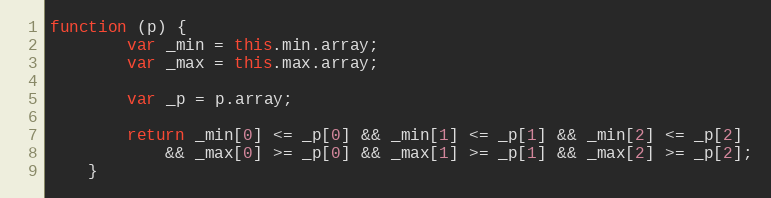
Language: JavaScript
function (p) {
        var _min = this.min.array;
        var _max = this.max.array;

        var _p = p.array;

        return _min[0] <= _p[0] && _min[1] <= _p[1] && _min[2] <= _p[2]
            && _max[0] >= _p[0] && _max[1] >= _p[1] && _max[2] >= _p[2];
    }